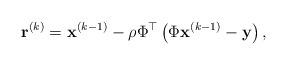
LaTeX: \begin{align*} \mathbf{r}^{(k)}=\mathbf{x}^{(k-1)}-\rho \Phi^{\top}\left(\Phi\mathbf{x}^{(k-1)}-\mathbf{y}\right),\end{align*}